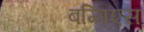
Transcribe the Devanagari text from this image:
बग्गिएस